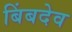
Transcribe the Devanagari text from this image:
बिंबदेव